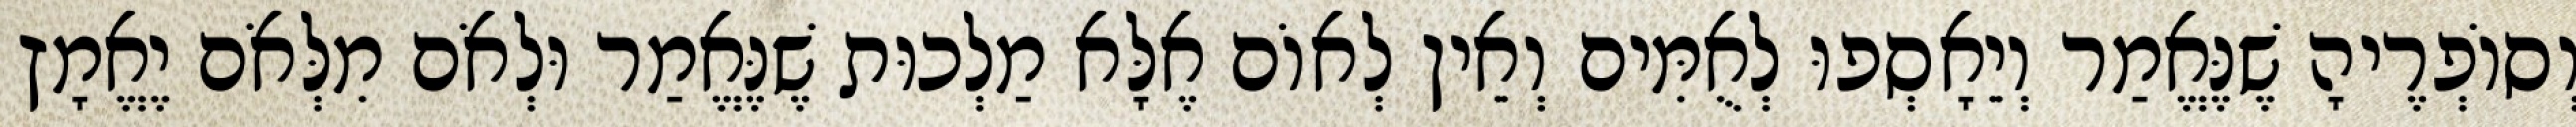
וְסוֹפְרֶיהָ שֶׁנֶּאֱמַר וְיֵאָסְפוּ לְאֻמִּים וְאֵין לְאוֹם אֶלָּא מַלְכוּת שֶׁנֶּאֱמַר וּלְאֹם מִלְּאֹם יֶאֱמָץ